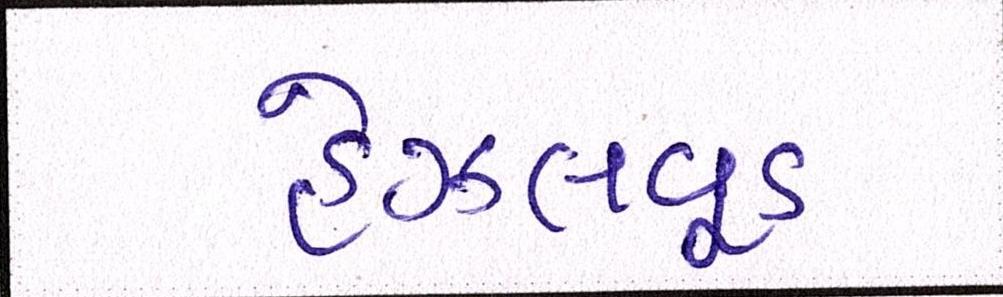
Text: હેઝલવૂડ